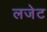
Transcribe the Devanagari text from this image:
लजेट